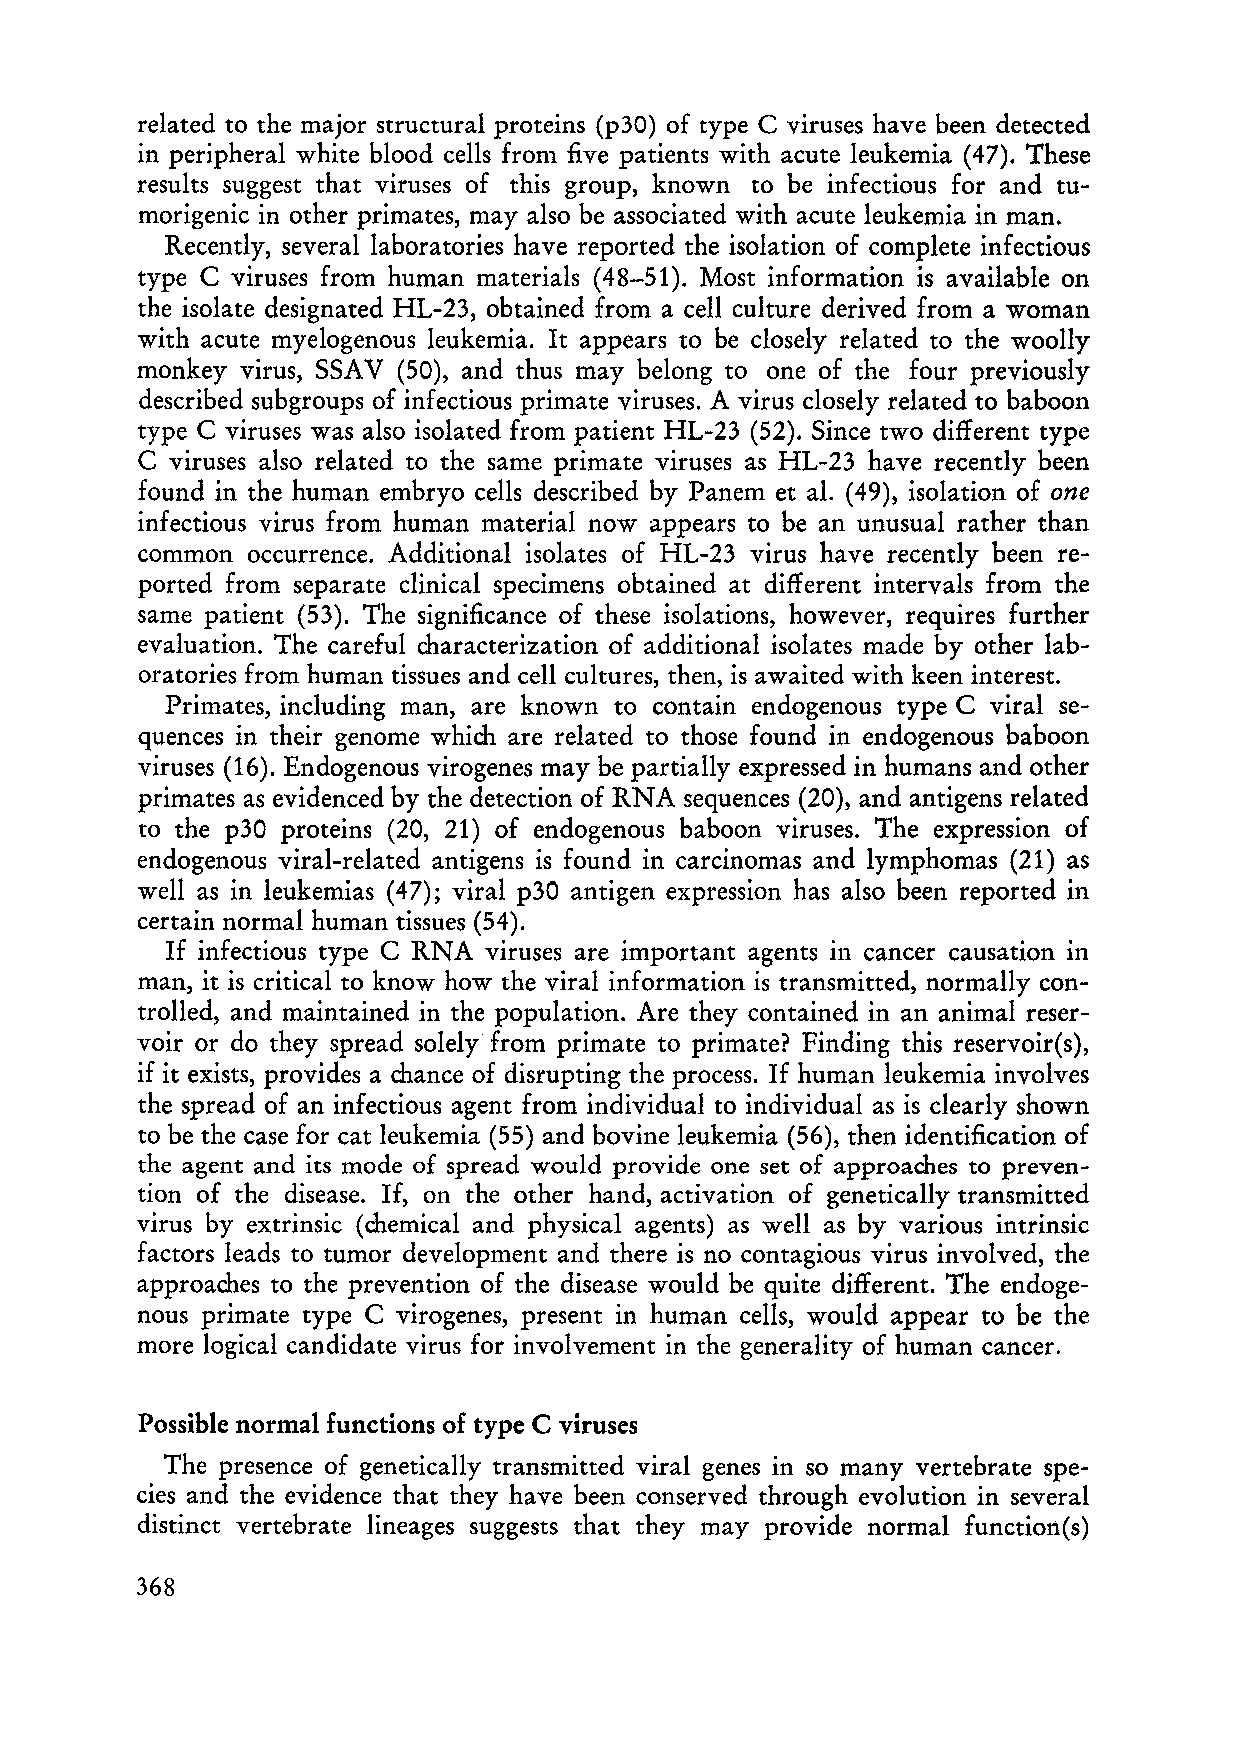
related to the major structural proteins (p30) of type C viruses have been detected
 in peripheral white blood cells from five patients with acute leukemia (47). These
 results suggest that viruses of this group, known to be infectious for and tu
 morigenic in other primates, mayaIso be associated with acute leukemia in man.
 Recently, severallaboratories have reported the isolation of complete infectious
 type C viruses from human materials (48-51). :NIost information is available on
 the isolate designated HL-23, obtained from a cell culture derived from a woman
 with acute myelogenous leukemia. It appears to be closely related to the woolly
 monkey virus, SSAV (50), and thus may belong to one of the four previously
 described subgroups of infectious primate viruses. A virus closely related to baboon
 type C viruses was also isolated from patient HL-23 (52). Since two different type
 C  viruses also related to the same primate viruses as HL-23 have recently been
 found in the human embryo cells described by Panem et a1. (49), isolation of one
 infectious virus from human material now appears to be an unusual rather than
 common  occurrence. Additional isolates of HL-23 virus have recently been re
 ported from separate clinical specimens obtained at different intervals from the
 same patient (53). The significance of these isolations, however, requires further
 evaluation. The careful characterization of additional isolates made by other lab
 oratories from human tissues and cell cultures, then, is awaited with keen interest.
 Primates, including man, are known to contain endogenous type C viral se
 quences in their genome which are related to those found in endogenous baboon
 viruses (16). Endogenous virogenes may be partially expressed in humans and other
 primates as evidenced by the detection of RNA sequences (20), and antigens related
 to the p30 proteins (20, 21) of endogenous baboon viruses. The expression of
 endogenous viral-related antigens is found in carcinomas and lymphomas (21) as
 weIl as in leukemias (47); viral p30 antigen expression has also been reported in
 certain normal human tissues (54).
 If infectious type C RNA viruses are important agents in cancer causation in
 man, it is critical to know how the viral information is transmitted, normally con
 trolled, and maintained in the population. Are they contained in an animal reser
 voir or do they spread solely from primate to primate? Finding this reservoir(s),
 if it exists, provides a chance of disrupting the process. If human leukemia involves
 the spread of an infectious agent from individual to individual as is clearly shown
 to be the case for cat leukemia (55) and bovine leukemia (56), then identification of
 the agent and its mode of spread would provide one set of approach es to preven
 tion of the disease. If, on the other hand, activation of genetically transmitted
 virus by extrinsie (chemie al and physical agents) as weIl as by various intrinsie
 factors leads to tumor development and there is no contagious virus involved, the
 approaches to the prevention of the disease would be quite different. The endoge
 nous primate type C virogenes, present in human cells, would appear to be the
 more logical candidate virus for involvement in the generality of human cancer.
 Possible normal functions of type C viruses
 The presence of genetically transmitted viral genes in so many vertebrate spe
 eies and the evidence that they have been eonserved through evolution in several
 distinct vertebrate lineages suggests that they may provide normal function(s)
 368